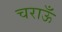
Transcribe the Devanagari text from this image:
चराऊँ